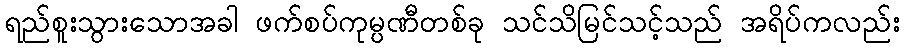
ရည်စူးသွားသောအခါ ဖက်စပ်ကုမ္ပဏီတစ်ခု သင်သိမြင်သင့်သည် အရိပ်ကလည်း